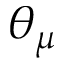
\theta _ { \mu }